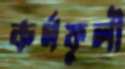
কর্ণফুলী